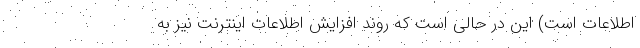
اطلاعات است) این در حالی است که روند افزایش اطلاعات اینترنت نیز به